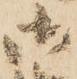
御